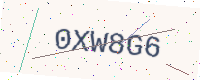
Text: 0XW8G6